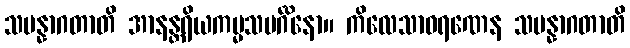
သမန္နာဂတာတိ အာနန္တရိယကမ္မသမင်္ဂိနော။ ကိလေသာဝရဏေန သမန္နာဂတာတိ